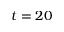
t = 2 0